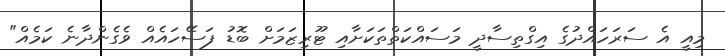
މިއީ އެ ސަރަހައްދުގެ އިގްތިސާދީ މަސައްކަތްތަކަށާއި ޓޫރިޒަމަށް ބޮޑު ފަސޭހައެއް ވެގެންދާނެ ކަމެއް"